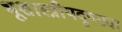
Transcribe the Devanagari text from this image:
भूशास्त्रीयदृष्ट्या